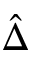
\hat { \Delta }